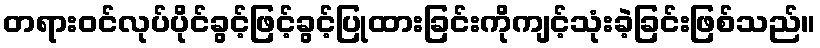
တရားဝင်လုပ်ပိုင်ခွင့်ဖြင့်ခွင့်ပြုထားခြင်းကိုကျင့်သုံးခဲ့ခြင်းဖြစ်သည်။